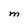
Character: M